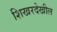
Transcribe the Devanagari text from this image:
शिखरदेखील